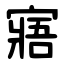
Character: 寤